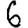
Digit: 6